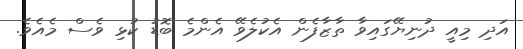
އަދި މިއީ ދުނިޔޭގައިވާ ތާޒާފެން އެކުލެވޭ އެންމެ ބޮޑު ކުޅި ވެސް މެއެވެ.